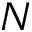
N